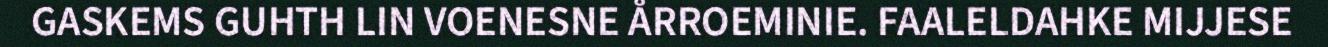
GASKEMS GUHTH LIN VOENESNE ÅRROEMINIE. FAALELDAHKE MIJJESE